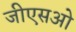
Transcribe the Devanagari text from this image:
जीएसओ